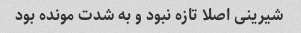
شیرینی اصلا تازه نبود و به شدت مونده بود